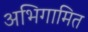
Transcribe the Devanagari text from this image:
अभिगामित